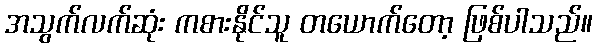
အသွက်လက်ဆုံး ကစားနိုင်သူ တယောက်တော့ ဖြစ်ပါသည်။